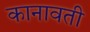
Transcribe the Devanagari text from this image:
कानावती